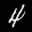
Label: 4